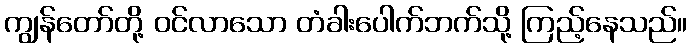
ကျွန်တော်တို့ ဝင်လာသော တံခါးပေါက်ဘက်သို့ ကြည့်နေသည်။